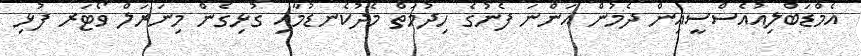
އެމްޑަބްލިއުއެސްސީއިން ދެމުން އަންނަ ފެނުގެ ހިދުމަތް މެދުކެނޑުމާއި ގުޅިގެން މިނަރަލް ވޯޓަރ ފުޅި